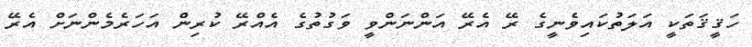
ހަޤީޤަތަކީ އަލަތުކައިވެނީގެ ރޭ އެރޭ އަންނަންވީ ވަގުތުގެ އެއްރޭ ކުރިން އަހަރެމެންނަށް އެރޭ